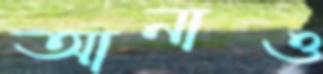
আনাও